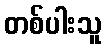
တစ်ပါးသူ